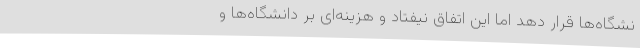
نشگاه‌ها قرار دهد اما این اتفاق نیفتاد و هزینه‌ای بر دانشگاه‌ها و